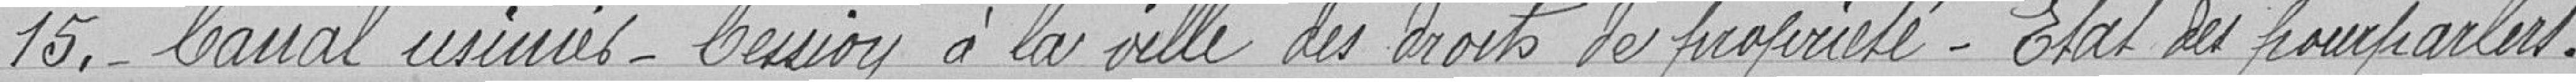
15. - Canal usinier - Cession à la ville des droits de propriétés - Etat des pourparlers.